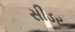
સીડર